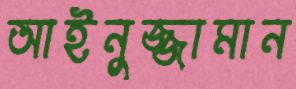
আইনুজ্জামান